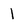
Character: 1